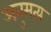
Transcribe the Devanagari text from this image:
अनुमत्य